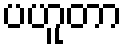
ပဟူတာ